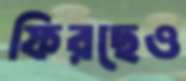
ফিরছেও